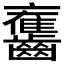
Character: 𪙯